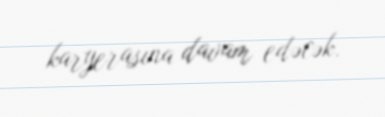
karyerasına davam edəcək.